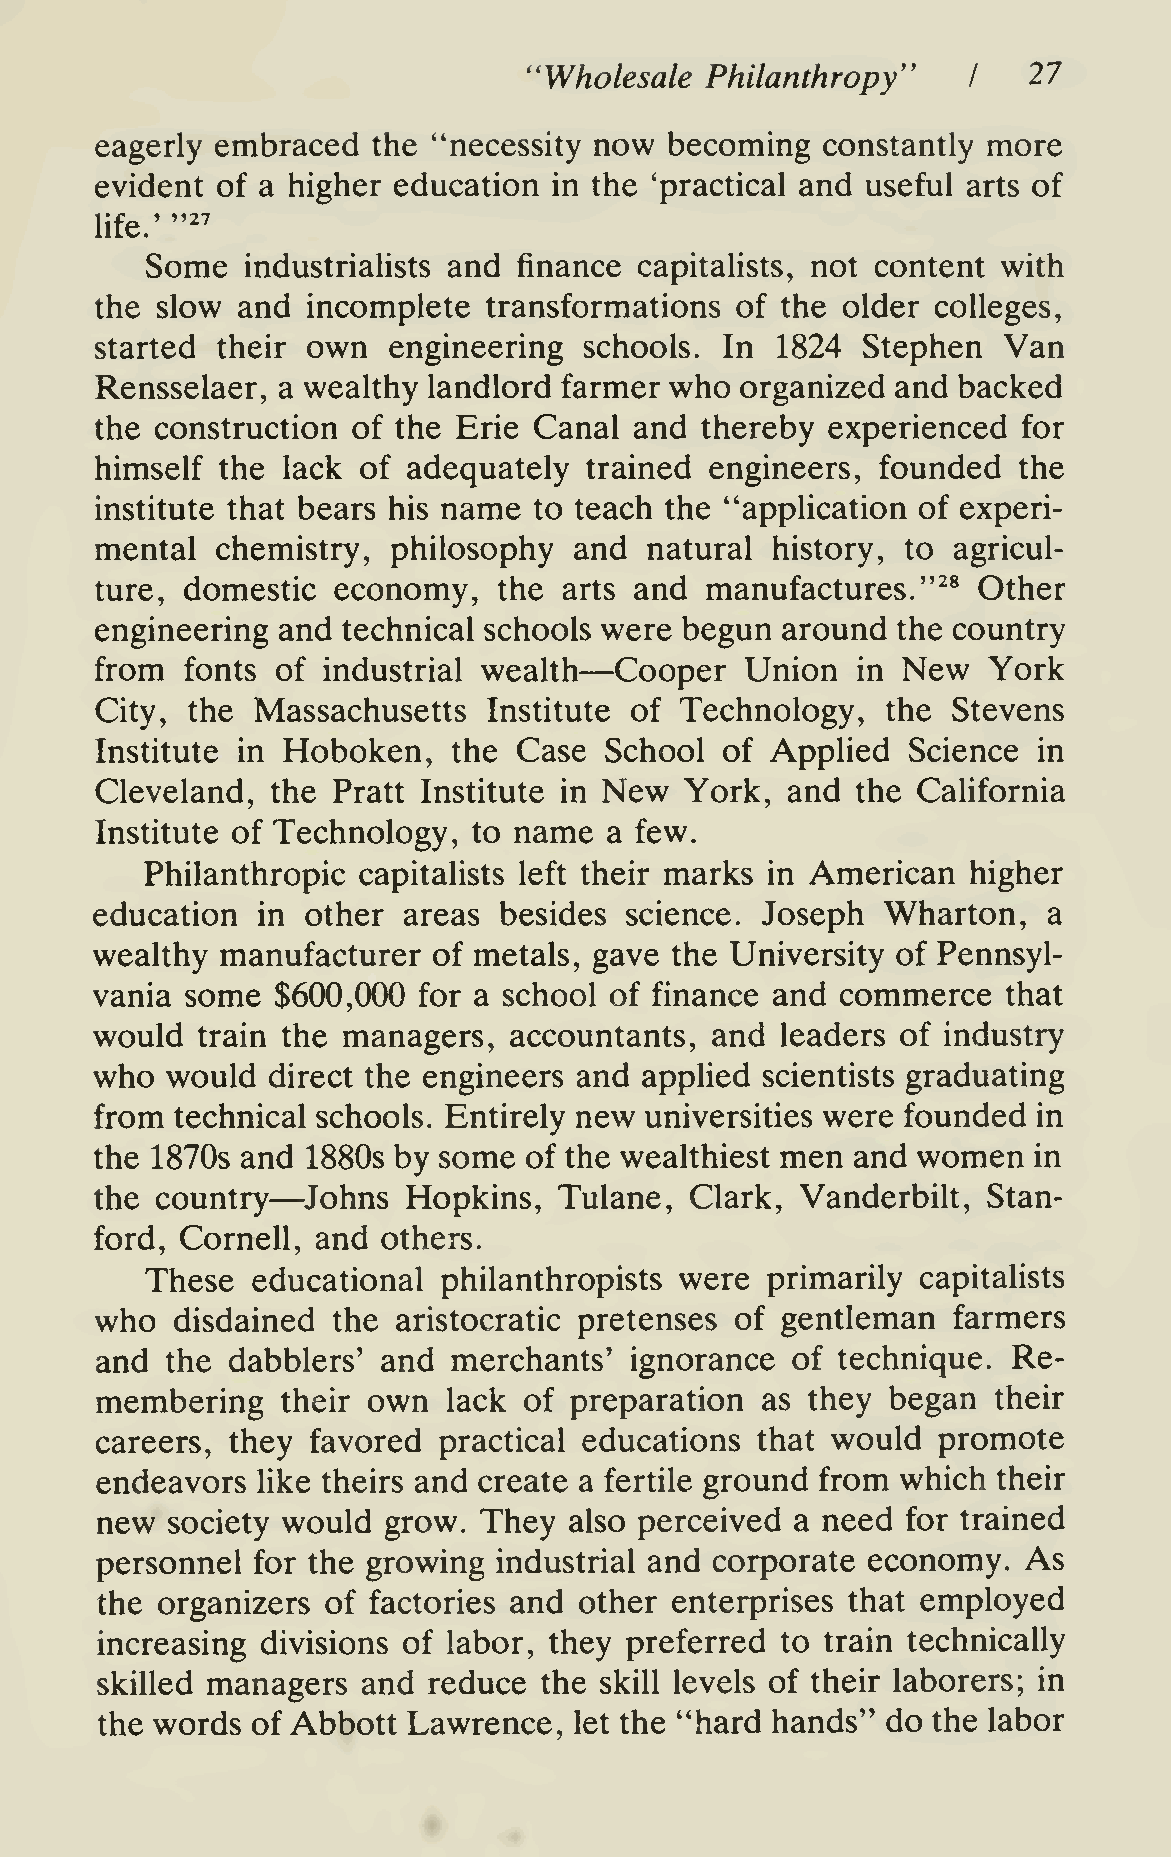
"Wholesale  Philanthropy"        27
 I
 eagerly embraced   the "necessity now becoming  constantly more
 evident of a higher education  in the 'practical and useful arts of
 "^'
 life.'
 Some  industrialists and finance capitaHsts, not content with
 the slow  and incomplete  transformations  of the older colleges,
 started their own   engineering  schools. In 1824  Stephen  Van
 Rensselaer, a wealthy landlord farmer who  organized and backed
 the construction of the Erie Canal  and thereby  experienced  for
 himself  the lack of adequately  trained engineers, founded  the
 institute that bears his name to teach the "application of experi-
 mental  chemistry,  philosophy  and  natural history, to agricul-
 ture, domestic  economy,   the arts and  manufactures."^*  Other
 engineering and  technical schools were begun around the country
 —
 from  fonts of industrial wealth   Cooper  Union   in New  York
 City, the  Massachusetts  Institute of Technology,   the Stevens
 Institute in Hoboken,   the Case  School  of Applied  Science  in
 New
 Cleveland,  the Pratt Institute in     York,  and  the California
 Institute of Technology, to name  a few.
 Philanthropic capitalists left their marks in American higher
 education  in other  areas besides science. Joseph   Wharton,  a
 wealthy  manufacturer  of metals, gave the University of Pennsyl-
 vania some  $600,000  for a school of finance and commerce   that
 would  train the managers,  accountants, and  leaders of industry
 who  would  direct the engineers and appHed scientists graduating
 from  technical schools. Entirely new universities were founded in
 the 1870s and 1880s by some  of the wealthiest men and women  in
 —
 the country   ^Johns Hopkins,  Tulane,  Clark, Vanderbilt, Stan-
 ford, Cornell, and others.
 These  educational philanthropists were  primarily capitalists
 who   disdained the aristocratic pretenses of gentleman  farmers
 and  the dabblers' and  merchants'  ignorance of technique.  Re-
 membering    their own  lack of preparation as  they began  their
 careers, they  favored practical educations that would  promote
 endeavors  like theirs and create a fertile ground from which their
 new  society would grow.  They  also perceived a need for trained
 personnel  for the growing industrial and corporate economy.  As
 the organizers  of factories and other enterprises that employed
 increasing divisions of labor, they preferred to train technically
 skilled managers  and reduce  the skill levels of their laborers; in
 the words  of Abbott Lawrence,  let the "hard hands" do the labor